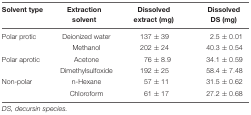
<table><thead><tr><td><b>Solvent type</b></td><td><b>Extraction solvent</b></td><td><b>Dissolved extract (mg)</b></td><td><b>Dissolved DS (mg)</b></td></tr></thead><tbody><tr><td>Polar protic</td><td>Deionized water</td><td>137 ± 39</td><td>2.5 ± 0.01</td></tr><tr><td></td><td>Methanol</td><td>202 ± 24</td><td>40.3 ± 0.54</td></tr><tr><td>Polar aprotic</td><td>Acetone</td><td>76 ± 8.9</td><td>34.1 ± 0.59</td></tr><tr><td></td><td>Dimethylsulfoxide</td><td>192 ± 25</td><td>58.4 ± 7.48</td></tr><tr><td>Non-polar</td><td>n-Hexane</td><td>57 ± 11</td><td>31.5 ± 0.62</td></tr><tr><td></td><td>Chloroform</td><td>61 ± 17</td><td>27.2 ± 0.68</td></tr></tbody></table>